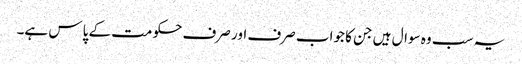
یہ سب وہ سوال ہیں جن کا جواب صرف اور صرف حکومت کے پاس ہے۔